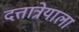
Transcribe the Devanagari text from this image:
दत्तात्रेयाला